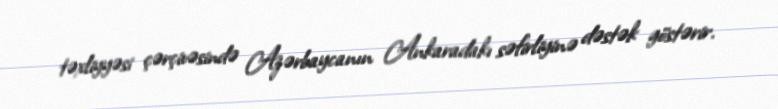
təxliyyəsi çərçivəsində Azərbaycanın Ankaradakı səfirliyinə dəstək göstərir.